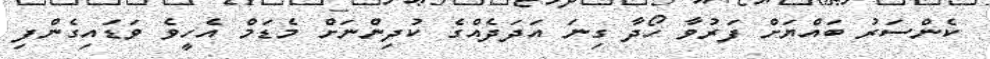
ކެންސަރު ބައްޔަށް ފަރުވާ ހޯދާ ގިނަ އަދަދެއްގެ ކުދިންނަށް މެޑަމް އެހީވެ ވަޑައިގެންފި